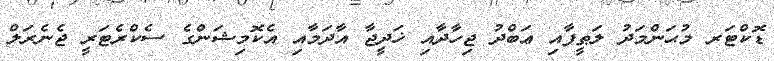
ޑޮކްޓަރ މުޙަންމަދު ލަޠީފާއި ޢަބްދު ޖިހާދާއި ޚަދީޖާ އާދަމާއި އެކޮމިޝަންގެ ސެކްރެޓަރީ ޖެނެރަލް